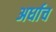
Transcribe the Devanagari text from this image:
अर्धाच